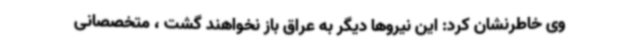
وی خاطرنشان کرد: این نیروها دیگر به عراق باز نخواهند گشت ، متخصصانی